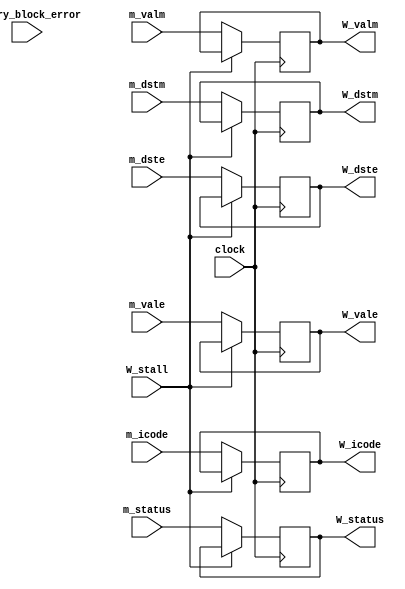
module writeback_register(
    input clock, W_stall,
    input [1:0] m_status,
    input memory_block_error,
    input [3:0] m_icode,m_dste,m_dstm,
    input [63:0] m_valm,m_vale,

    output reg [1:0] W_status,
    output reg [3:0] W_icode,W_dste,W_dstm,
    output reg [63:0] W_vale,W_valm
);

always@(posedge clock)
begin
    if(W_stall==0)
    begin
        W_icode<=m_icode;
        W_dste<=m_dste;
        W_dstm<=m_dstm;
        W_vale<=m_vale;
        W_valm<=m_valm;
        W_status<=m_status;
    end
end

endmodule